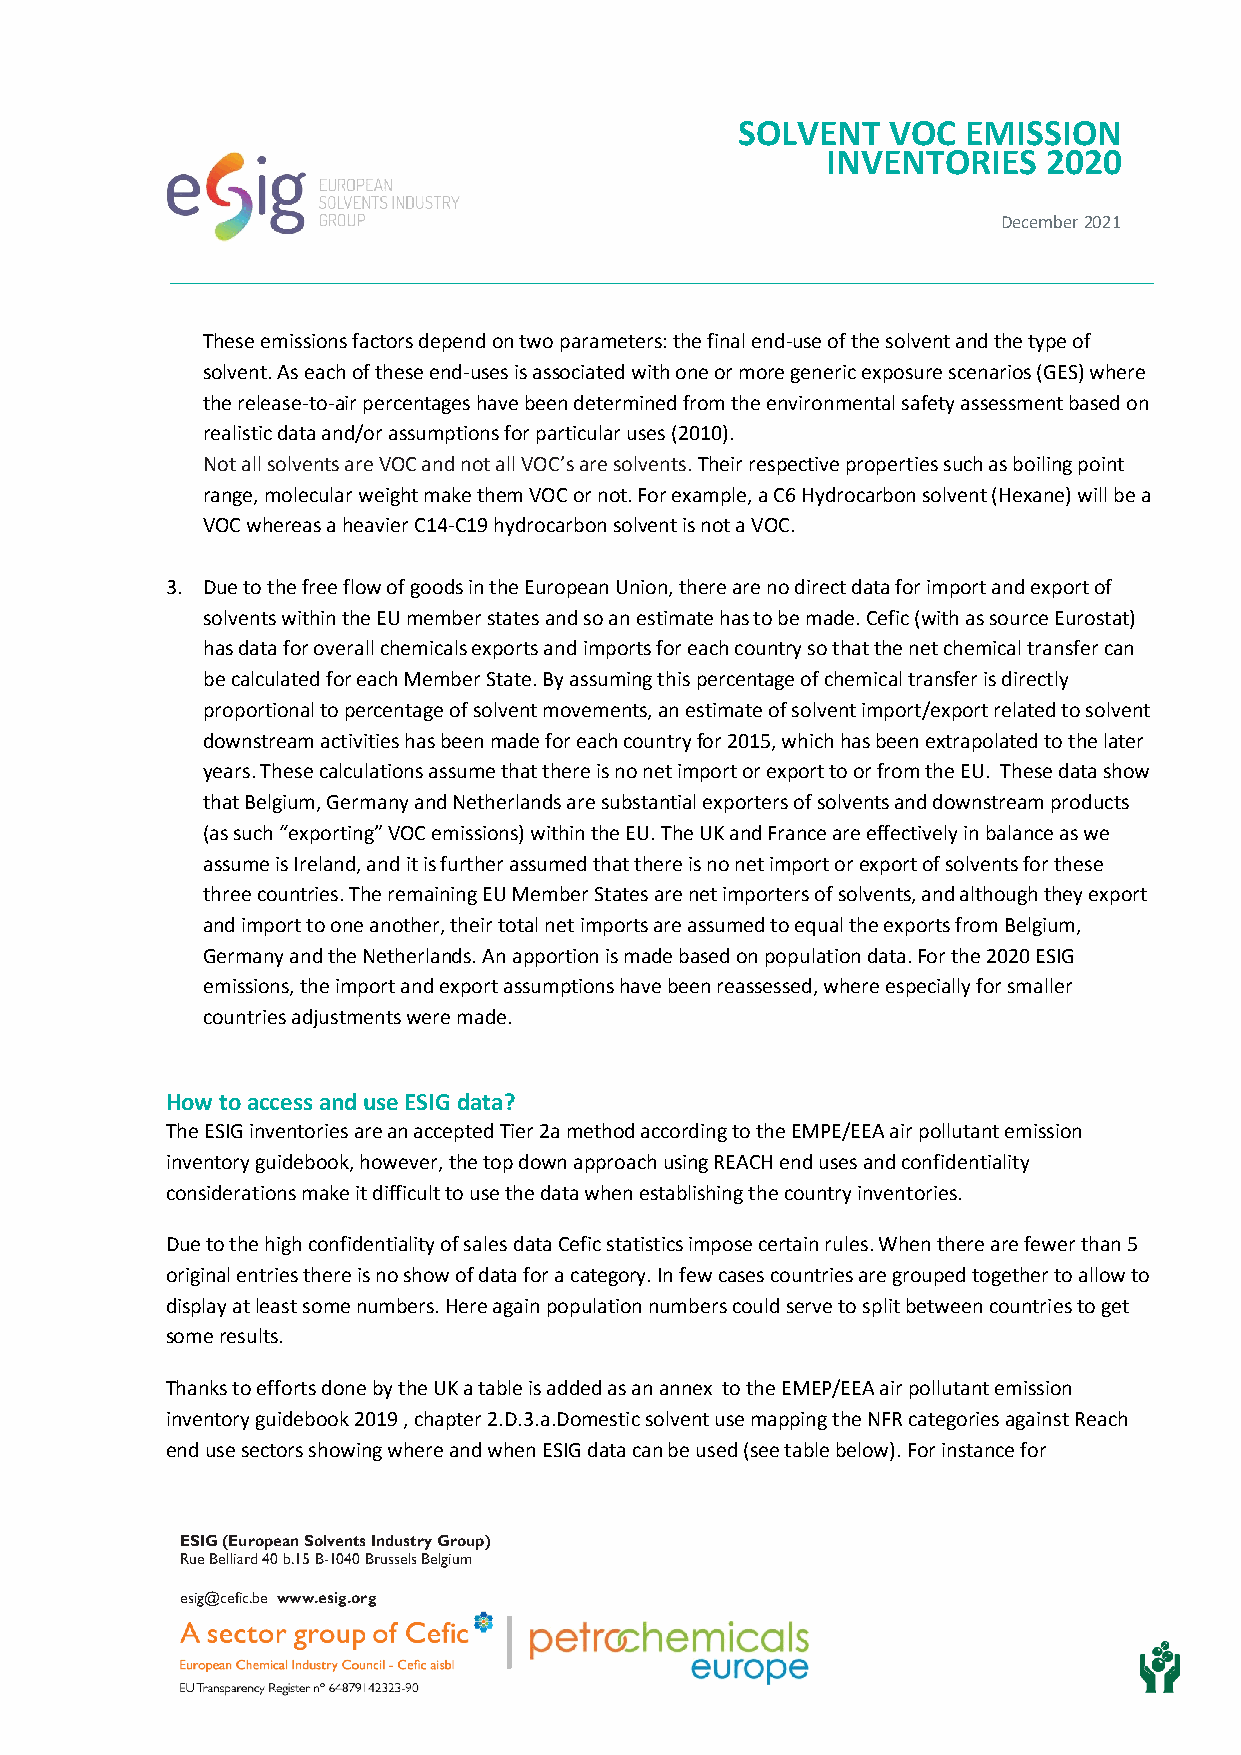
SOLVENT   VOC  EMISSION
 INVENTORIES   2020
 December 2021
 These emissions factors depend on two parameters: the final end-use of the solvent and the type of
 solvent. As each of these end-uses is associated with one or more generic exposure scenarios (GES) where
 the release-to-air percentages have been determined from the environmental safety assessment based on
 realistic data and/or assumptions for particular uses (2010).
 Not all solvents are VOC and not all VOC’s are solvents. Their respective properties such as boiling point
 range, molecular weight make them VOC or not. For example, a C6 Hydrocarbon solvent (Hexane) will be a
 VOC whereas a heavier C14-C19 hydrocarbon solvent is not a VOC.
 3. Due to the free flow of goods in the European Union, there are no direct data for import and export of
 solvents within the EU member states and so an estimate has to be made. Cefic (with as source Eurostat)
 has data for overall chemicals exports and imports for each country so that the net chemical transfer can
 be calculated for each Member State. By assuming this percentage of chemical transfer is directly
 proportional to percentage of solvent movements, an estimate of solvent import/export related to solvent
 downstream activities has been made for each country for 2015, which has been extrapolated to the later
 years. These calculations assume that there is no net import or export to or from the EU. These data show
 that Belgium, Germany and Netherlands are substantial exporters of solvents and downstream products
 (as such “exporting” VOC emissions) within the EU. The UK and France are effectively in balance as we
 assume is Ireland, and it is further assumed that there is no net import or export of solvents for these
 three countries. The remaining EU Member States are net importers of solvents, and although they export
 and import to one another, their total net imports are assumed to equal the exports from Belgium,
 Germany and the Netherlands. An apportion is made based on population data. For the 2020 ESIG
 emissions, the import and export assumptions have been reassessed, where especially for smaller
 countries adjustments were made.
 How to access and use ESIG data?
 The ESIG inventories are an accepted Tier 2a method according to the EMPE/EEA air pollutant emission
 inventory guidebook, however, the top down approach using REACH end uses and confidentiality
 considerations make it difficult to use the data when establishing the country inventories.
 Due to the high confidentiality of sales data Cefic statistics impose certain rules. When there are fewer than 5
 original entries there is no show of data for a category. In few cases countries are grouped together to allow to
 display at least some numbers. Here again population numbers could serve to split between countries to get
 some results.
 Thanks to efforts done by the UK a table is added as an annex to the EMEP/EEA air pollutant emission
 inventory guidebook 2019 , chapter 2.D.3.a.Domestic solvent use mapping the NFR categories against Reach
 end use sectors showing where and when ESIG data can be used (see table below). For instance for
 ESIG (European Solvents Industry Group)
 Rue Belliard 40 b.15 B-1040 Brussels Belgium
 esig@cefic.be www.esig.org